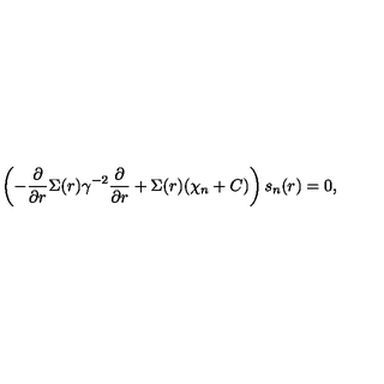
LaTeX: \left( - \frac { \partial } { \partial r } \Sigma ( r ) \gamma ^ { - 2 } \frac { \partial } { \partial r } + \Sigma ( r ) ( \chi _ { n } + C ) \right) s _ { n } ( r ) = 0 ,